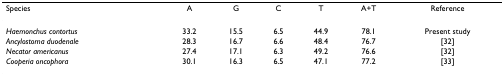
<table><thead><tr><td><b>Species</b></td><td><b>A</b></td><td><b>G</b></td><td><b>C</b></td><td><b>T</b></td><td><b>A+T</b></td><td><b>Reference</b></td></tr></thead><tbody><tr><td><i>Haemonchus contortus</i></td><td>33.2</td><td>15.5</td><td>6.5</td><td>44.9</td><td>78.1</td><td>Present study</td></tr><tr><td><i>Ancylostoma duodenale</i></td><td>28.3</td><td>16.7</td><td>6.6</td><td>48.4</td><td>76.7</td><td>[32]</td></tr><tr><td><i>Necator americanus</i></td><td>27.4</td><td>17.1</td><td>6.3</td><td>49.2</td><td>76.6</td><td>[32]</td></tr><tr><td><i>Cooperia oncophora</i></td><td>30.1</td><td>16.3</td><td>6.5</td><td>47.1</td><td>77.2</td><td>[33]</td></tr></tbody></table>